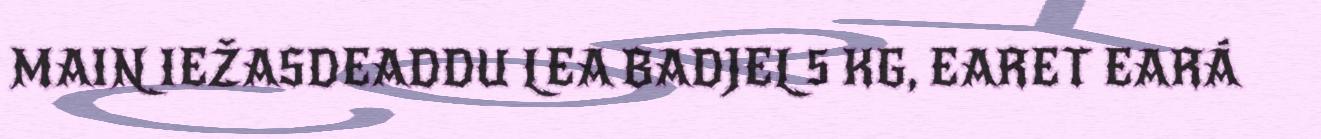
MAIN IEŽASDEADDU LEA BADJEL 5 KG, EARET EARÁ